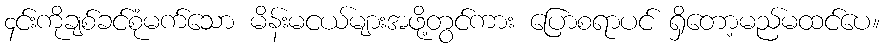
၄င်းကိုချစ်ခင်စုံမက်သော မိန်းမငယ်များအဖို့တွင်ကား ပြောစရာပင် ရှိတော့မည်မထင်ပေ။